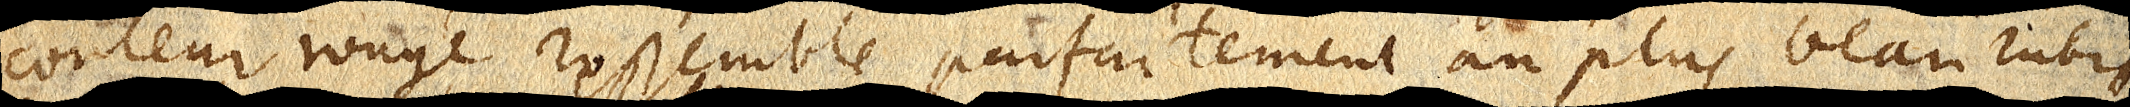
couleur rouge ressemble parfaitement au plus beau rubis